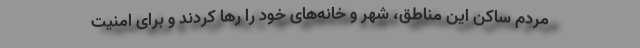
مردم ساکن این مناطق، شهر و خانه‌های خود را رها کردند و برای امنیت